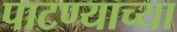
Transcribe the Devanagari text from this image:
पाटण्याच्या